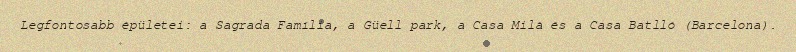
Legfontosabb épületei: a Sagrada Família, a Güell park, a Casa Milà és a Casa Batlló (Barcelona).